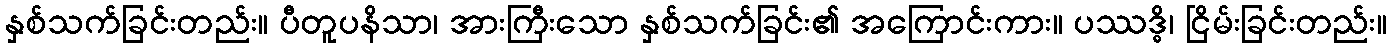
နှစ်သက်ခြင်းတည်း။ ပီတူပနိသာ၊ အားကြီးသော နှစ်သက်ခြင်း၏ အကြောင်းကား။ ပဿဒ္ဓိ၊ ငြိမ်းခြင်းတည်း။